65_HS1-834228961_62-HQ-83894_Section_7
Agency: FBI
Page 176
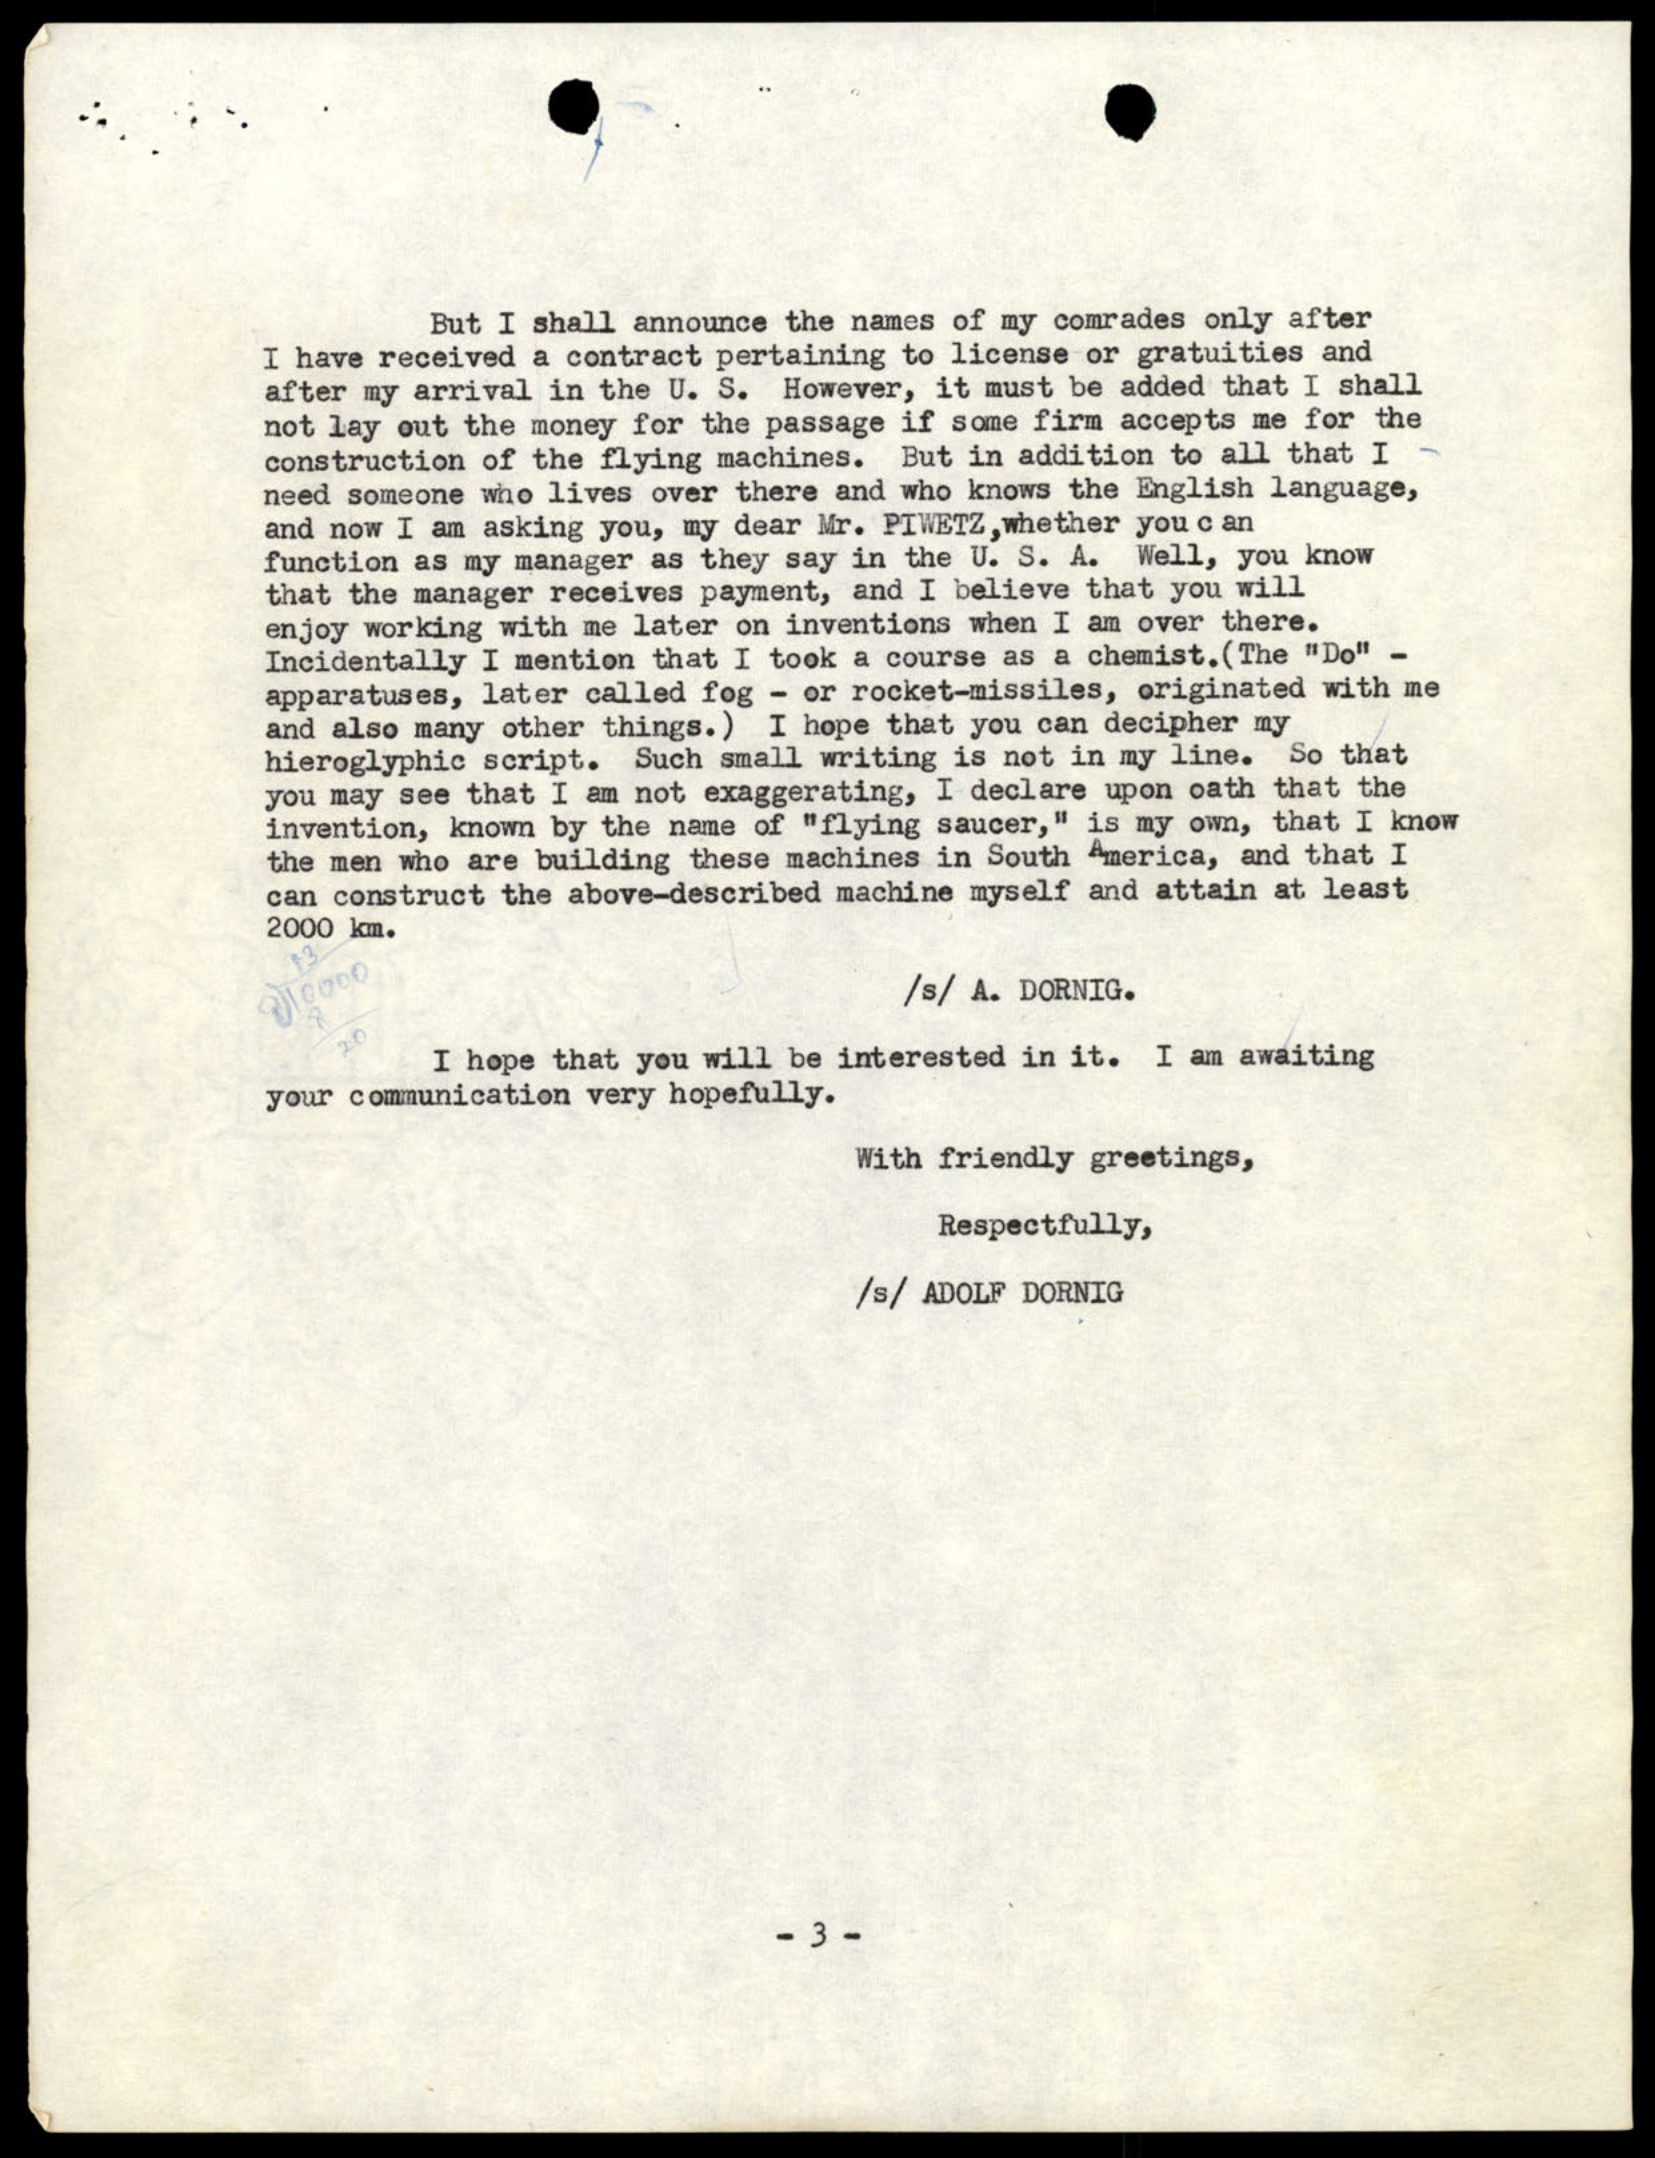